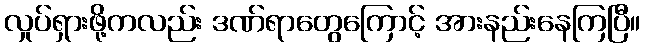
လှုပ်ရှားဖို့ကလည်း ဒဏ်ရာတွေကြောင့် အားနည်းနေကြပြီ။